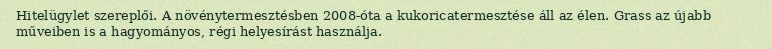
Hitelügylet szereplői. A növénytermesztésben 2008-óta a kukoricatermesztése áll az élen. Grass az újabb műveiben is a hagyományos, régi helyesírást használja.